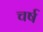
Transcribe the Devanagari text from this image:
चर्ष